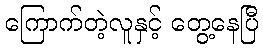
ကြောက်တဲ့လူနှင့် တွေ့နေပြီ